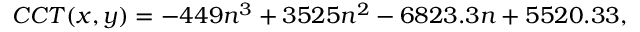
C C T ( x , y ) = - 4 4 9 n ^ { 3 } + 3 5 2 5 n ^ { 2 } - 6 8 2 3 . 3 n + 5 5 2 0 . 3 3 ,